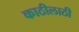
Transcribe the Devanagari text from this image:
काठीलाठी